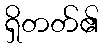
ရှိတတ်၏